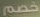
خصم